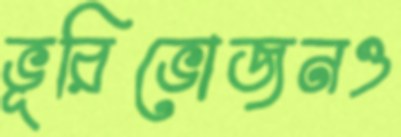
ভূরিভোজনও